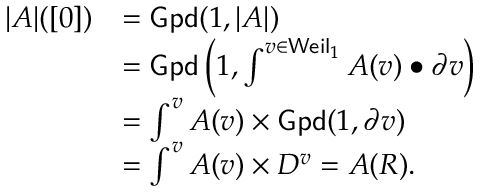
\begin{array} { r l } { | A | ( [ 0 ] ) } & { = \mathsf { G p d } ( 1 , | A | ) } \\ & { = \mathsf { G p d } \left( 1 , \int ^ { v \in \mathsf { W e i l } _ { 1 } } A ( v ) \bullet \partial v \right) } \\ & { = \int ^ { v } A ( v ) \times \mathsf { G p d } ( 1 , \partial v ) } \\ & { = \int ^ { v } A ( v ) \times D ^ { v } = A ( R ) . } \end{array}